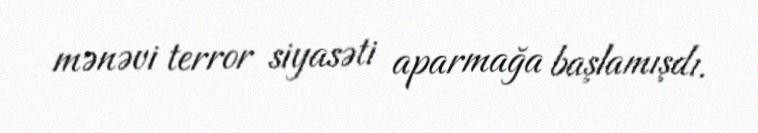
mənəvi terror siyasəti aparmağa başlamışdı.